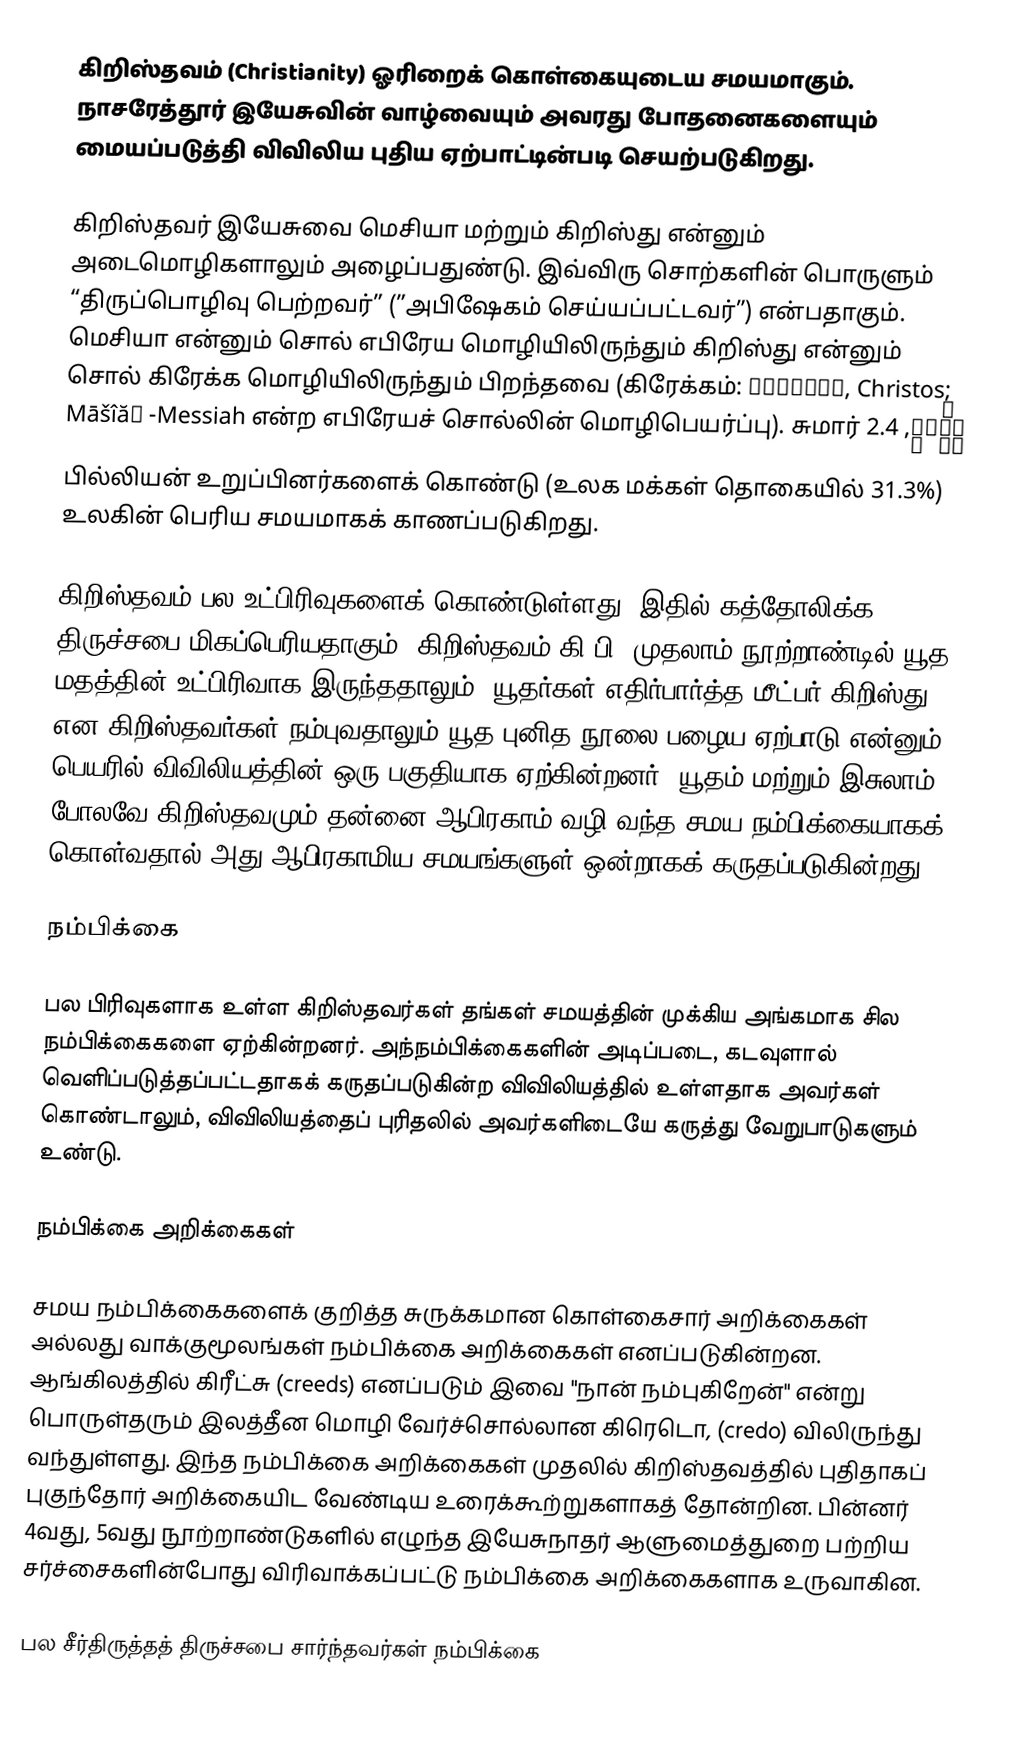
கிறிஸ்தவம் (Christianity) ஓரிறைக் கொள்கையுடைய சமயமாகும். நாசரேத்தூர் இயேசுவின் வாழ்வையும் அவரது போதனைகளையும் மையப்படுத்தி விவிலிய புதிய ஏற்பாட்டின்படி செயற்படுகிறது.

கிறிஸ்தவர் இயேசுவை மெசியா மற்றும் கிறிஸ்து என்னும் அடைமொழிகளாலும் அழைப்பதுண்டு. இவ்விரு சொற்களின் பொருளும் “திருப்பொழிவு பெற்றவர்” (”அபிஷேகம் செய்யப்பட்டவர்”) என்பதாகும். மெசியா என்னும் சொல் எபிரேய மொழியிலிருந்தும் கிறிஸ்து என்னும் சொல் கிரேக்க மொழியிலிருந்தும் பிறந்தவை (கிரேக்கம்: Χριστός, Christos; מָשִׁיחַ, Māšîăḥ -Messiah என்ற எபிரேயச் சொல்லின் மொழிபெயர்ப்பு). சுமார் 2.4 பில்லியன் உறுப்பினர்களைக் கொண்டு (உலக மக்கள் தொகையில் 31.3%) உலகின் பெரிய சமயமாகக் காணப்படுகிறது.

கிறிஸ்தவம் பல உட்பிரிவுகளைக் கொண்டுள்ளது. இதில் கத்தோலிக்க திருச்சபை மிகப்பெரியதாகும். கிறிஸ்தவம் கி.பி. முதலாம் நூற்றாண்டில் யூத மதத்தின் உட்பிரிவாக இருந்ததாலும், யூதர்கள் எதிர்பார்த்த மீட்பர் கிறிஸ்து என கிறிஸ்தவர்கள் நம்புவதாலும் யூத புனித நூலை பழைய ஏற்பாடு என்னும் பெயரில் விவிலியத்தின் ஒரு பகுதியாக ஏற்கின்றனர். யூதம் மற்றும் இசுலாம் போலவே கிறிஸ்தவமும் தன்னை ஆபிரகாம் வழி வந்த சமய நம்பிக்கையாகக் கொள்வதால் அது ஆபிரகாமிய சமயங்களுள் ஒன்றாகக் கருதப்படுகின்றது.

நம்பிக்கை

பல பிரிவுகளாக உள்ள கிறிஸ்தவர்கள் தங்கள்  சமயத்தின் முக்கிய அங்கமாக சில நம்பிக்கைகளை ஏற்கின்றனர். அந்நம்பிக்கைகளின் அடிப்படை, கடவுளால் வெளிப்படுத்தப்பட்டதாகக் கருதப்படுகின்ற விவிலியத்தில் உள்ளதாக அவர்கள் கொண்டாலும், விவிலியத்தைப் புரிதலில் அவர்களிடையே கருத்து வேறுபாடுகளும் உண்டு.

நம்பிக்கை அறிக்கைகள்

சமய நம்பிக்கைகளைக் குறித்த சுருக்கமான கொள்கைசார் அறிக்கைகள் அல்லது வாக்குமூலங்கள் நம்பிக்கை அறிக்கைகள் எனப்படுகின்றன.  ஆங்கிலத்தில் கிரீட்சு (creeds) எனப்படும் இவை  "நான் நம்புகிறேன்" என்று பொருள்தரும் இலத்தீன மொழி வேர்ச்சொல்லான கிரெடொ, (credo) விலிருந்து வந்துள்ளது.  இந்த நம்பிக்கை அறிக்கைகள் முதலில் கிறிஸ்தவத்தில் புதிதாகப் புகுந்தோர் அறிக்கையிட வேண்டிய உரைக்கூற்றுகளாகத் தோன்றின. பின்னர் 4வது, 5வது நூற்றாண்டுகளில் எழுந்த  இயேசுநாதர் ஆளுமைத்துறை பற்றிய சர்ச்சைகளின்போது விரிவாக்கப்பட்டு நம்பிக்கை அறிக்கைகளாக உருவாகின.

பல  சீர்திருத்தத் திருச்சபை சார்ந்தவர்கள் நம்பிக்கை